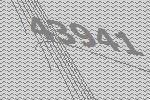
43941